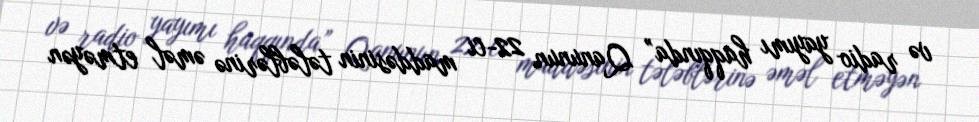
və radio yayımı haqqında” Qanunun 22-ci maddəsinin tələblərinə əməl etməyən